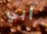
أبي